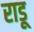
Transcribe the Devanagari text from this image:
राडू